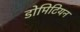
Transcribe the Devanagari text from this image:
डोमिटियन